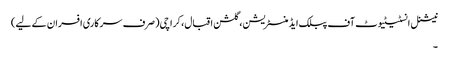
نیشنل انسٹیٹیوٹ آف پبلک ایڈمنسٹریشن، گلشن اقبال، کراچی(صرف سرکاری افسران کے لیے)
۔